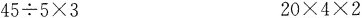
$$4 5 \div 5 \times 3$$ $$2 0 \times 4 \times 2$$